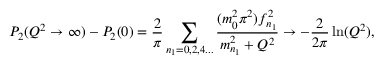
P _ { 2 } ( Q ^ { 2 } \rightarrow \infty ) - P _ { 2 } ( 0 ) = \frac { 2 } { \pi } \sum _ { n _ { 1 } = 0 , 2 , 4 . . . } \frac { ( m _ { 0 } ^ { 2 } \pi ^ { 2 } ) f _ { n _ { 1 } } ^ { 2 } } { m _ { n _ { 1 } } ^ { 2 } + Q ^ { 2 } } \rightarrow - \frac { 2 } { 2 \pi } \ln ( Q ^ { 2 } ) ,